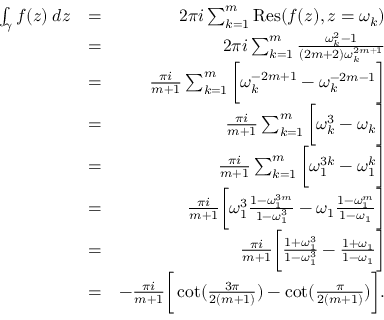
\begin{array} { r l r } { \int _ { \gamma } f ( z ) \: d z } & { = } & { 2 \pi i \sum _ { k = 1 } ^ { m } \mathrm { R e s } ( f ( z ) , z = \omega _ { k } ) } \\ & { = } & { 2 \pi i \sum _ { k = 1 } ^ { m } \frac { \omega _ { k } ^ { 2 } - 1 } { ( 2 m + 2 ) \omega _ { k } ^ { 2 m + 1 } } } \\ & { = } & { \frac { \pi i } { m + 1 } \sum _ { k = 1 } ^ { m } \bigg [ \omega _ { k } ^ { - 2 m + 1 } - \omega _ { k } ^ { - 2 m - 1 } \bigg ] } \\ & { = } & { \frac { \pi i } { m + 1 } \sum _ { k = 1 } ^ { m } \bigg [ \omega _ { k } ^ { 3 } - \omega _ { k } \bigg ] } \\ & { = } & { \frac { \pi i } { m + 1 } \sum _ { k = 1 } ^ { m } \bigg [ \omega _ { 1 } ^ { 3 k } - \omega _ { 1 } ^ { k } \bigg ] } \\ & { = } & { \frac { \pi i } { m + 1 } \bigg [ \omega _ { 1 } ^ { 3 } \frac { 1 - \omega _ { 1 } ^ { 3 m } } { 1 - \omega _ { 1 } ^ { 3 } } - \omega _ { 1 } \frac { 1 - \omega _ { 1 } ^ { m } } { 1 - \omega _ { 1 } } \bigg ] } \\ & { = } & { \frac { \pi i } { m + 1 } \bigg [ \frac { 1 + \omega _ { 1 } ^ { 3 } } { 1 - \omega _ { 1 } ^ { 3 } } - \frac { 1 + \omega _ { 1 } } { 1 - \omega _ { 1 } } \bigg ] } \\ & { = } & { - \frac { \pi i } { m + 1 } \bigg [ \cot ( \frac { 3 \pi } { 2 ( m + 1 ) } ) - \cot ( \frac { \pi } { 2 ( m + 1 ) } ) \bigg ] . } \end{array}